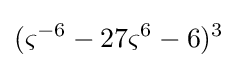
(\varsigma ^{-6}-27\varsigma ^{6}-6)^{3}